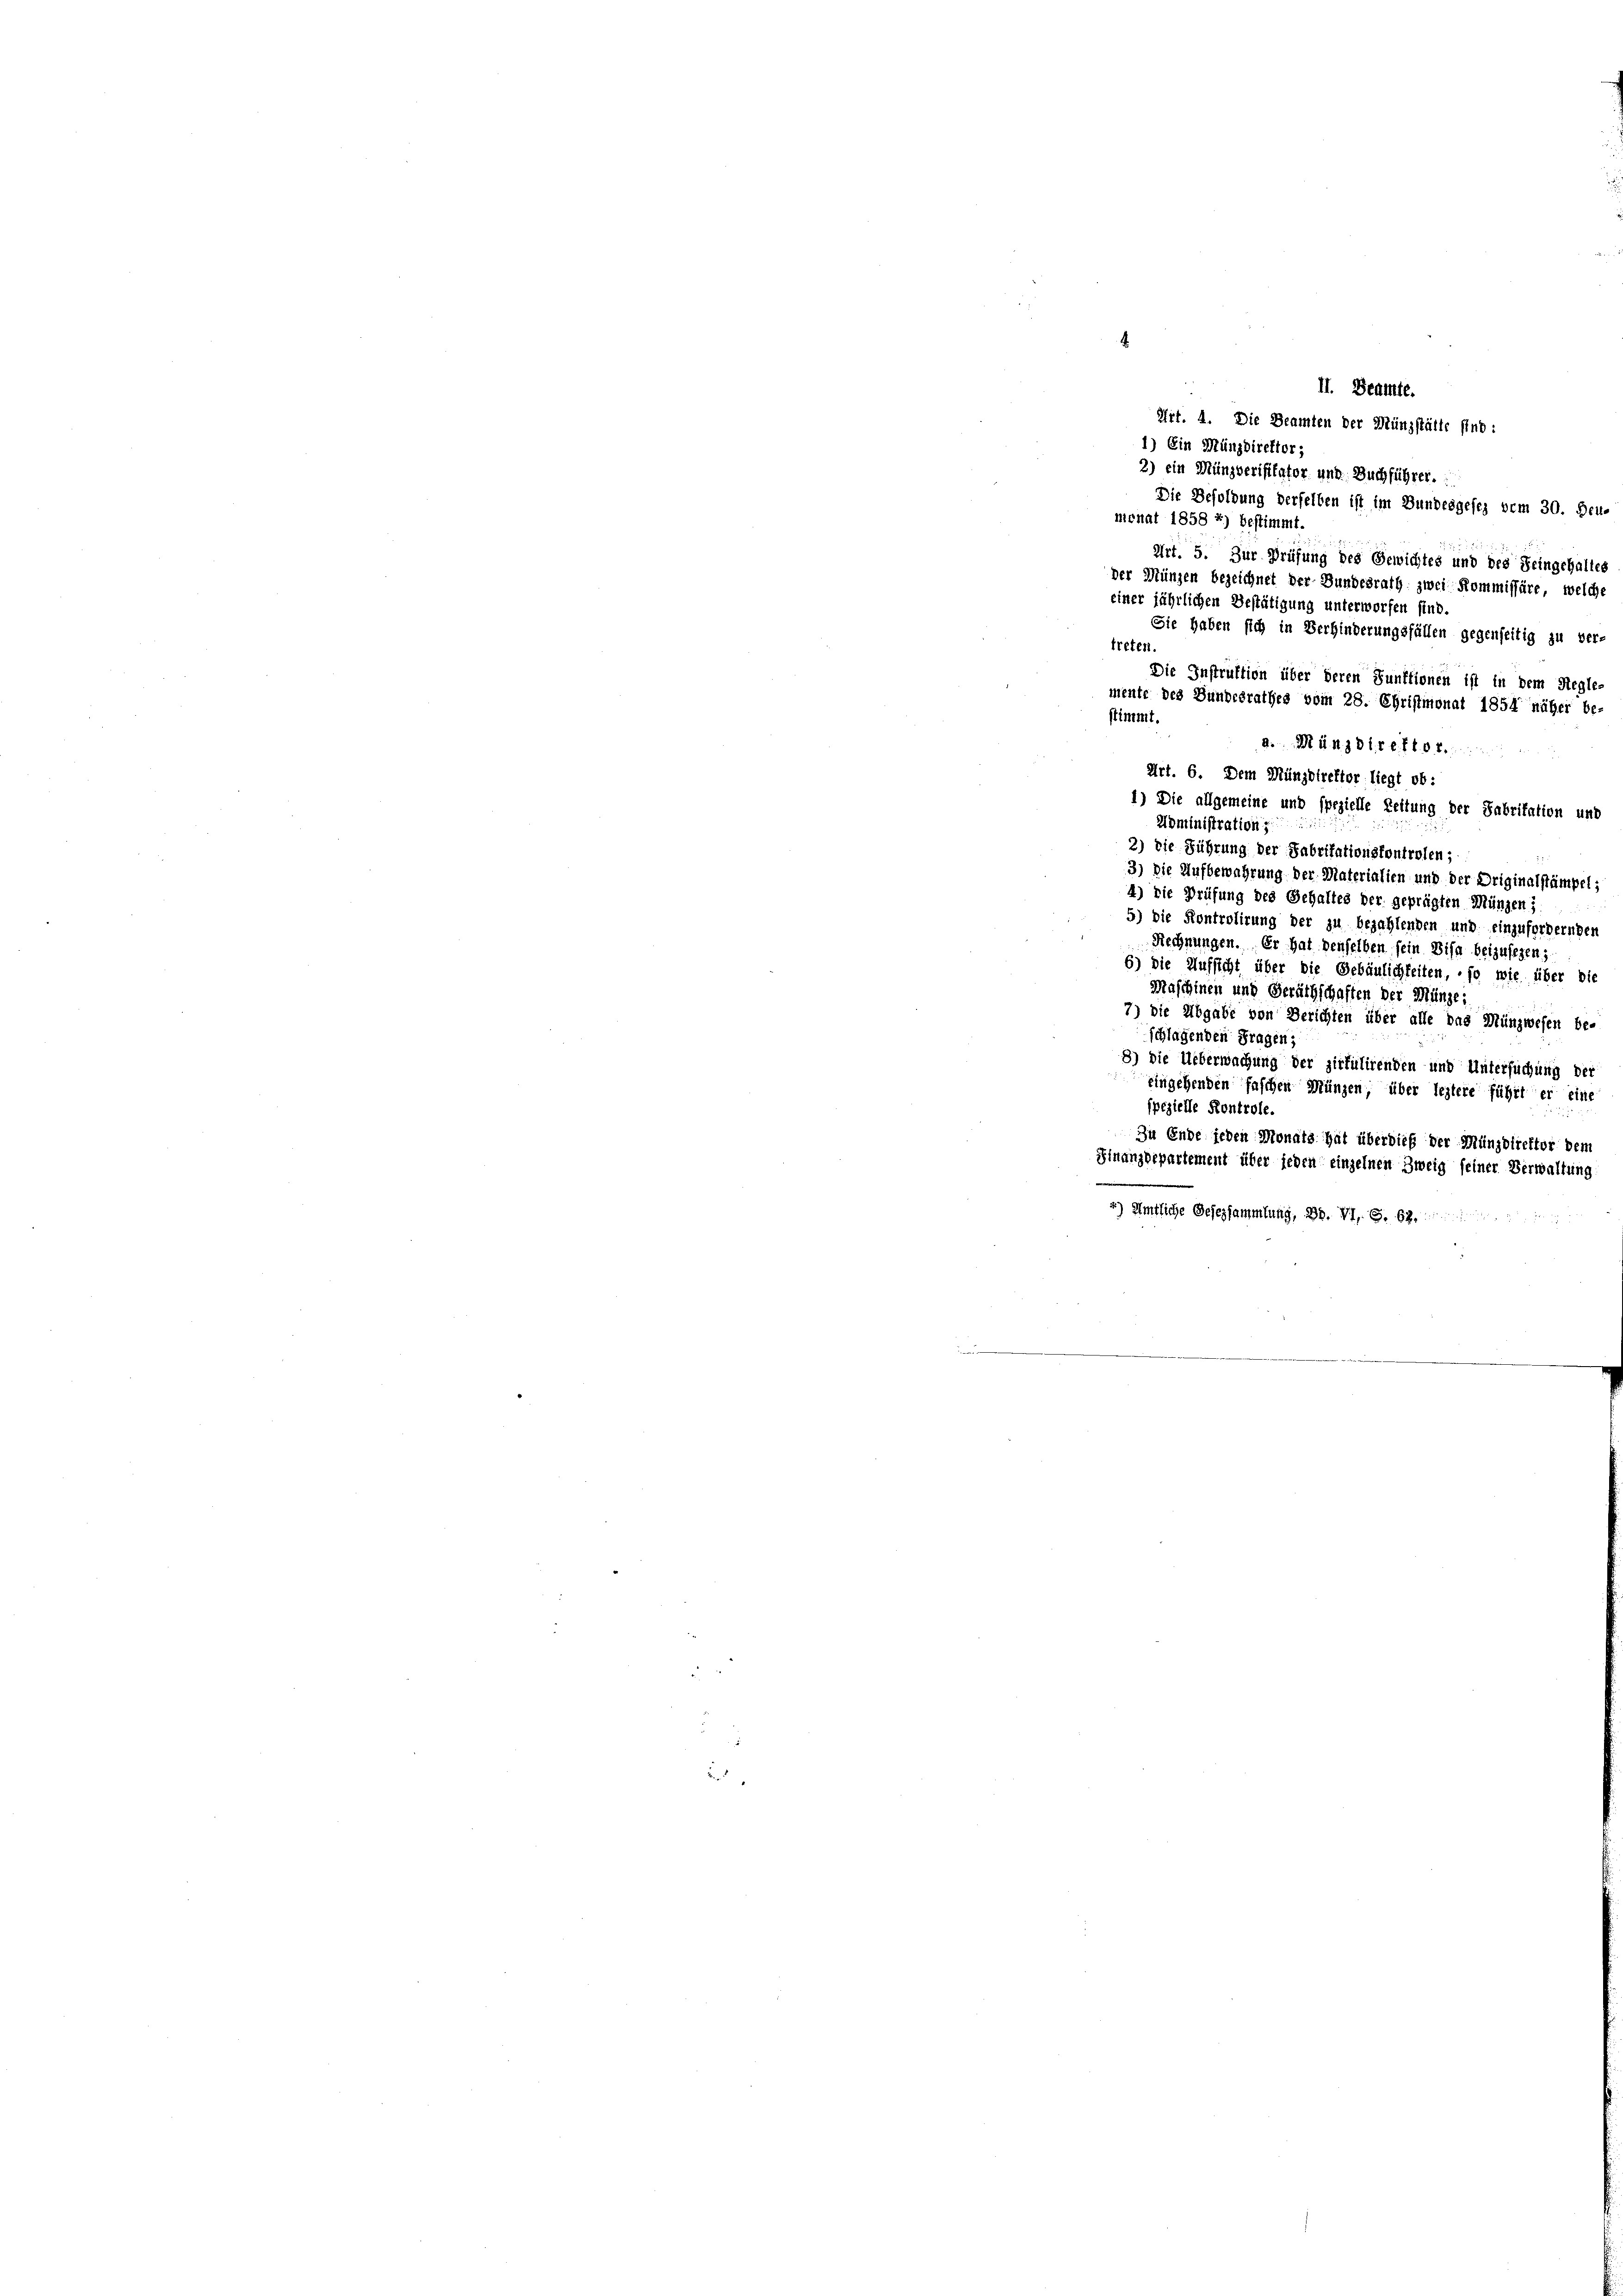
d

1) Ein Münzdirektor;
2) ein Münzberisitator und Buchführer.
Die Besoldung derselben ist im Bundesgesez vom 30. Jeu-
monat 1858 f.) bestimmt.
treten
Administrations
2) die Führung der Fabritationskontrolen;
3) Die Aufbewahrung der Materialien und der Originalstümpel;
4) Die Prüfung des Gehaltes der geprägten Münzen;
5) Die Kontrolirung der zu bezahlenden und einzufordernden
Rechnungen. Er hat denselben sein Visa beizulegen,
6) Die Aufsicht über die Gebäulichkeiten, – so wie über die
Maschinen und Geräthschaften der Münze:
7) die Abgabe von Berichten über alle das Münzwesen be-
schlagenden Fragen;
8) Die Ueberwachung der Zirkulirenden und Untersuchung der
eingehenden faschen Münzen, über leztere führt er eine
spezielle Kontrole.
Zu Ende jeden Monats hat überdieß der Münzdirektor dem
Finanzdepartement über jeden einzelnen Zweig seiner Verwaltung
4) Amtliche Befessammlung, Bd. VI, S. 62.

stimmt

II. Beamte.
Art. 4. Die Beamten der Münzstälte sind:

Art. 5. Zur Prüfung des Gewichtes und des Feingehaltes
der Münzen bezeichnet der Bundesrath zwei Kommissäre, welche
einer jährlichen Bestätigung unterworfen sind.
Sie haben sich in Verhinderungsfällen gegenseitig zu ver
Die Instruktion über deren Sunktionen ist in dem Regle
mente des Bundesrathes vom 28. Christmonat 1854 näher be-
8. No. 1. M. 181. k k. k. k. k.
Art. 6. Dem Müngetretter liegt ob:
1) Die allgemeine und spezielle Zeitung der Fabritation und